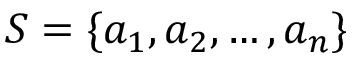
S = \{ a _ { 1 } , a _ { 2 } , \dots , a _ { n } \}